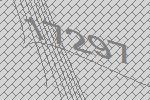
17297